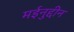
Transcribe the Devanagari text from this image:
मईनुद्दीन